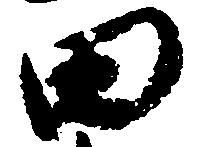
田